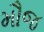
મૌજ